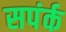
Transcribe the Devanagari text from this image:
सपंर्क